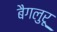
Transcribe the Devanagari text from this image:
बैगलुरू